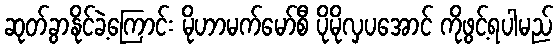
ဆုတ်ခွာနိုင်ခဲ့ကြောင်း မိုဟာမက်မော်စီ ပိုမိုလှပအောင် ကိုဖွင့်ရပါမည်